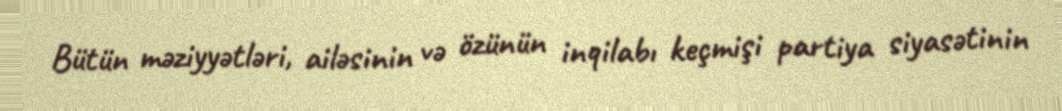
Bütün məziyyətləri, ailəsinin və özünün inqilabı keçmişi partiya siyasətinin